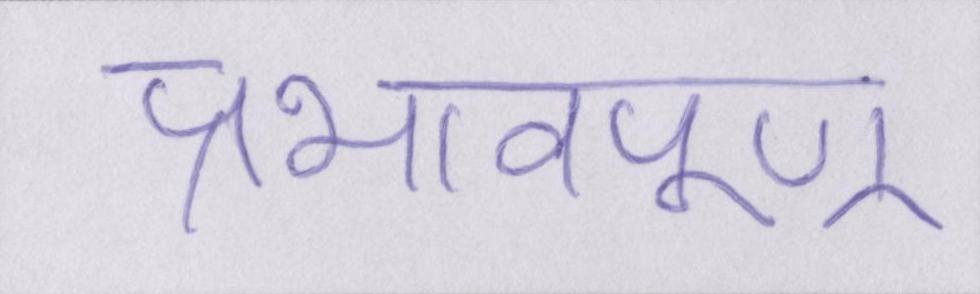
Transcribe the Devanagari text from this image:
प्रभावपूण्र